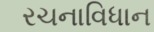
રચનાવિધાન